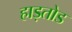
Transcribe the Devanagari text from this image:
हाड़तोड